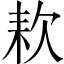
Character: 𣢹